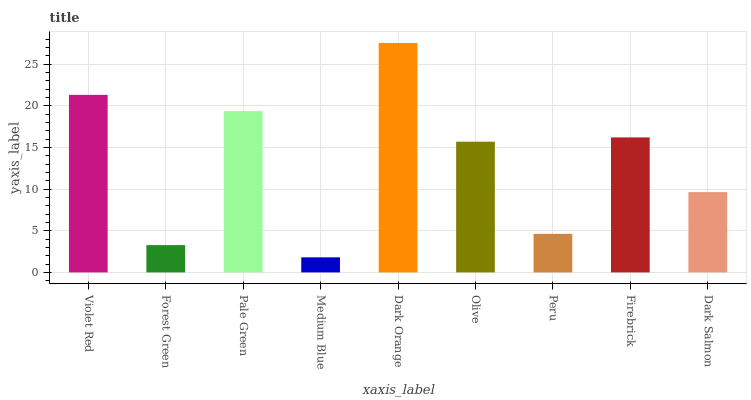
| xaxis_label | bars |
 | --- | --- |
 | Violet Red | 21.3 |
 | Forest Green | 3.28 |
 | Pale Green | 19.4 |
 | Medium Blue | 1.81 |
 | Dark Orange | 27.6 |
 | Olive | 15.7 |
 | Peru | 4.63 |
 | Firebrick | 16.2 |
 | Dark Salmon | 9.64 |